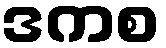
ဒကစ